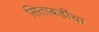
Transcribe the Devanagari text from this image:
सिताबर्डीचा